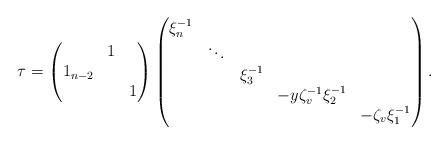
LaTeX: \begin{align*}\tau=\begin{pmatrix}&1&\\1_{n-2}&&\\&&1\end{pmatrix}\begin{pmatrix}\xi_{n}^{-1}&&&\\&\ddots&&\\&&\xi_{3}^{-1}&\\&&&-y\zeta_{v}^{-1}\xi_{2}^{-1}&\\&&&&-\zeta_{v} \xi_{1}^{-1}\end{pmatrix}.\end{align*}